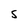
Character: s